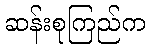
ဆန်းစုကြည်က